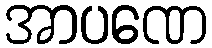
အာပဏေ